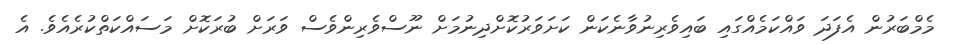
މެމްބަރުން އެފަދަ ވައްކަމެއްގައި ބައިވެރިނުވާނެކަން ކަށަވަރުކޮށްދިނުމަށް ނޫސްވެރިންވެސް ވަރަށް ބުރަކޮށް މަސައްކަތްކުރެއެވެ. އެ